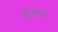
ચૂનના